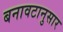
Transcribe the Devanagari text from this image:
बनावटानुसार